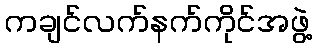
ကချင်လက်နက်ကိုင်အဖွဲ့